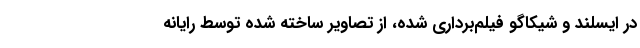
در ایسلند و شیکاگو فیلم‌برداری شده، از تصاویر ساخته شده توسط رایانه